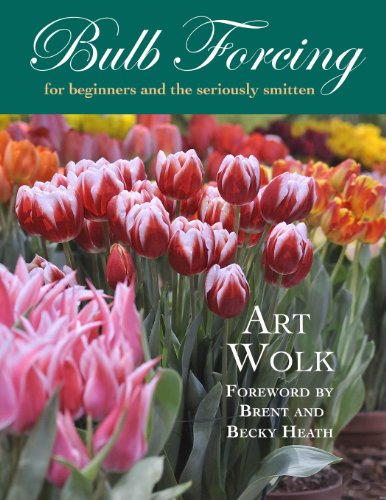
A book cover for Bulb Forcing for Beginners and the Seriously Smitten; Art Wolk; Crafts, Hobbies & Home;